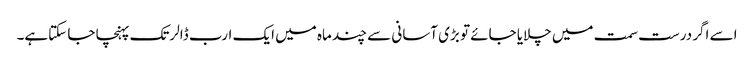
اسے اگر درست سمت میں چلایا جائے تو بڑی آسانی سے چند ماہ میں ایک ارب ڈالرتک پہنچا جا سکتاہے۔